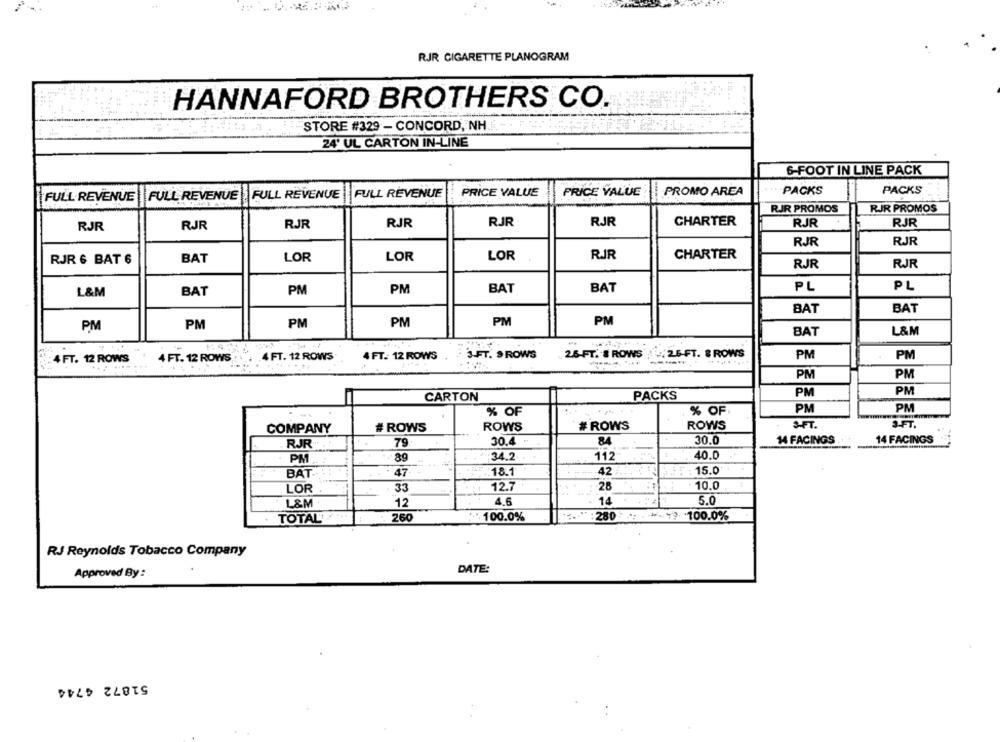
RJR CIGARETTE PLANOGRAM
HANNAFORD BROTHERS CO.
STORE #329 - CONCORD, NH
24' UL CARTON IN-LINE
6-FOOT IN LINE PACK
FULL REVENUE
PRICE VALUE
PRICE VALUE
PROMO AREA
PACKS
PACKS
FULL REVENUE | FULL REVENUE FULL REVENUE
RIR PROMOS
RJR PROMOS
RJR
RJR
CHARTER
RJR
RJR
RJR
RJR
RJR
RJR
RJR
RJJR
RJR & BAT 6
BAT
LOR
LOR
LOR
RJR
CHARTER
RJR
RJR
PM
BAT
BAT
PL
PL
L&M
BAT
PM
BAT
BAT
PM
PM
PM
PM
PM
PM
BAT
L&M
4 FT. 12 ROWS
3-FT. SROWS
26-FT. 8 ROWS
26-FT. 8 ROWS
PM
PM
4 FT. 12 ROWS
4 FT. 12 ROWS
4 FT. 12 ROWS
PM
PM
PM
PM
CARTON
PACKS
PM
PM
% OF
% OF
S-FT.
3-FT.
COMPANY
# ROWS
ROWS
# ROWS
ROWS
RJR
79
30.4 "
84
30.0
14 FACINGS
14 FACINGS
PM
89
34.2
112
40.0
BAT
47
18.1
42
RET : 15.0
LOR
33
12.7
28
10.0
L&M
12
4.6
14
5.0
TOTAL
260
.100.0%
280
** 100.0%
RJ Reynolds Tobacco Company
DATE:
Approved By :
51872 4744